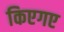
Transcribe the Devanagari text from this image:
किएगए